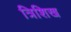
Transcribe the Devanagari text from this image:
त्रिशिख